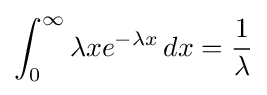
\int _{0}^{\infty }\lambda xe^{-\lambda x}\,dx={\frac {1}{\lambda }}